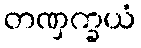
တဏှက္ခယံ